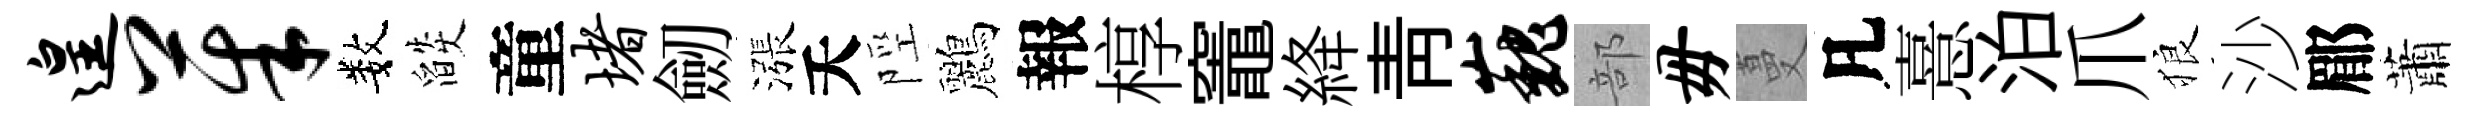
遑茱数燄童堵劒漲夭陘鸝報椁竈絳靑巍部毋蔓凡憙泊爪狼沙郿蕭